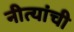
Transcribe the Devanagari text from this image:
नीत्यांची